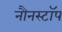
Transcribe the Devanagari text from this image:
नौनस्टॉप